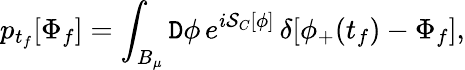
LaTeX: p_{t_{f}}[\Phi_{f}]=\int_{B_{\mu}}{\cal\mathtt{D}}\phi\, e^{i\mathcal{S}_{C}[\phi]}\, \delta[\phi_{+}(t_{f})-\Phi_{f}],